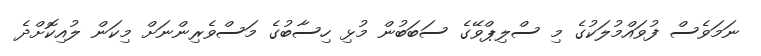
ނަމަވެސް ފުވައްމުލަކުގެ މި ސްލިޕްވޭގެ ސަބަބުން މުޅި ހިސާބުގެ މަސްވެރިންނަށް މިކަން ލުއިކޮށްދެ